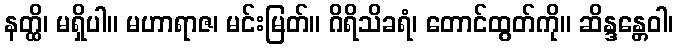
နတ္ထိ၊ မရှိပါ။ မဟာရာဇ၊ မင်းမြတ်။ ဂိရိသိခရံ၊ တောင်ထွတ်ကို။ ဆိန္ဒန္တေဝါ၊